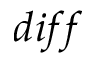
d i f f